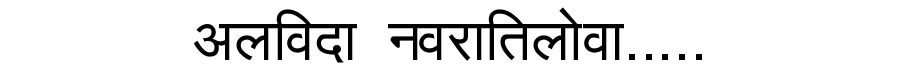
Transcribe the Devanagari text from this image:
अलविदा नवरातिलोवा.....